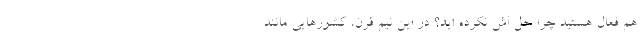
هم فعال هستید چرا حل اش نکرده اید؟ در این نیم قرن، کشورهایی مانند